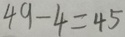
4 9 - 4 = 4 5